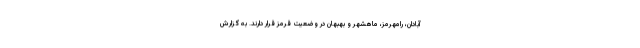
آبادان، رامهرمز، ماهشهر و بهبهان در وضعیت قرمز قرار دارند. به گزارش